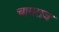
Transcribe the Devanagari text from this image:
चामराज